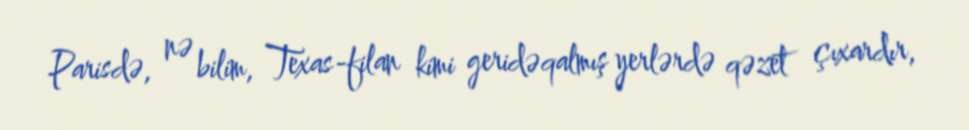
Parisdə, nə bilim, Texas-filan kimi geridəqalmış yerlərdə qəzet çıxardır,